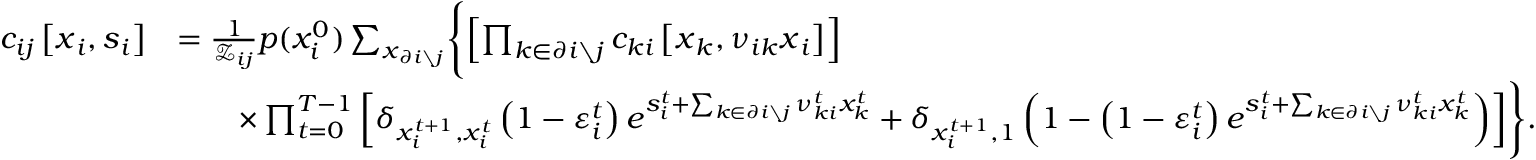
\begin{array} { r l } { c _ { i j } \left[ \boldsymbol { x } _ { i } , \boldsymbol { s } _ { i } \right] } & { = \frac { 1 } { \mathcal { Z } _ { i j } } p ( x _ { i } ^ { 0 } ) \sum _ { \boldsymbol { x } _ { \partial i \setminus j } } \Biggl \{ \left[ \prod _ { k \in \partial i \setminus j } c _ { k i } \left[ \boldsymbol { x } _ { k } , \boldsymbol { \nu } _ { i k } \boldsymbol { x } _ { i } \right] \right] } \\ & { \qquad \times \prod _ { t = 0 } ^ { T - 1 } \left[ \delta _ { x _ { i } ^ { t + 1 } , x _ { i } ^ { t } } \left( 1 - \varepsilon _ { i } ^ { t } \right) e ^ { s _ { i } ^ { t } + \sum _ { k \in \partial i \setminus j } \nu _ { k i } ^ { t } x _ { k } ^ { t } } + \delta _ { x _ { i } ^ { t + 1 } , 1 } \left( 1 - \left( 1 - \varepsilon _ { i } ^ { t } \right) e ^ { s _ { i } ^ { t } + \sum _ { k \in \partial i \setminus j } \nu _ { k i } ^ { t } x _ { k } ^ { t } } \right) \right] \Biggr \} . } \end{array}